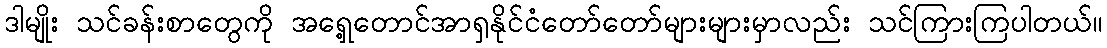
ဒါမျိုး သင်ခန်းစာတွေကို အရှေ့တောင်အာရှနိုင်ငံတော်တော်များများမှာလည်း သင်ကြားကြပါတယ်။